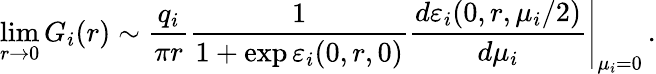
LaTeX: \operatorname*{lim}_{r\rightarrow 0}G_{i}(r)\sim\frac{q_{i}}{\pi r}\frac{1}{1+\exp\varepsilon_{i}(0,r,0)}\left.\frac{d\varepsilon_{i}(0,r,\mu_{i}/2)}{d\mu_{i}}\right\vert_{\mu_{i}=0}\, .